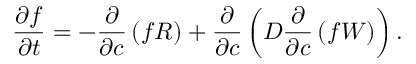
\frac { \partial f } { \partial t } = - \frac { \partial } { \partial c } \left( f R \right) + \frac { \partial } { \partial c } \left( D \frac { \partial } { \partial c } \left( f W \right) \right) .